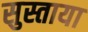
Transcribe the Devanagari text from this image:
सुस्ताया